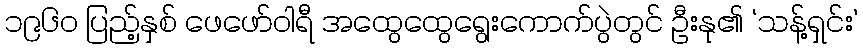
၁၉၆၀ ပြည့်နှစ် ဖေဖော်ဝါရီ အထွေထွေရွေးကောက်ပွဲတွင် ဦးနု၏ ‘သန့်ရှင်း’